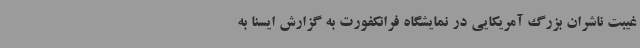
غیبت ناشران بزرگ آمریکایی در نمایشگاه فرانکفورت به گزارش ایسنا به